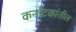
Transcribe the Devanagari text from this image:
कर्नाटकांतील